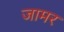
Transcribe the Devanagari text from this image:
जामर